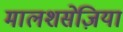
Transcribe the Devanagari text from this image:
मालशसेज़िया